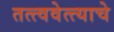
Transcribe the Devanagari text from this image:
तत्त्ववेत्त्याचे